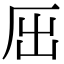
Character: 𠩉